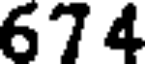
674